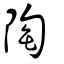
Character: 陶